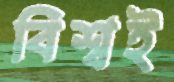
বিশ্বই